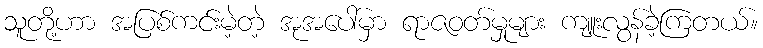
သူတို့ဟာ အပြစ်ကင်းမဲ့တဲ့ အုအပေါ်မှာ ရာဇဝတ်မှုများ ကျူးလွန်ခဲ့ကြတယ်။